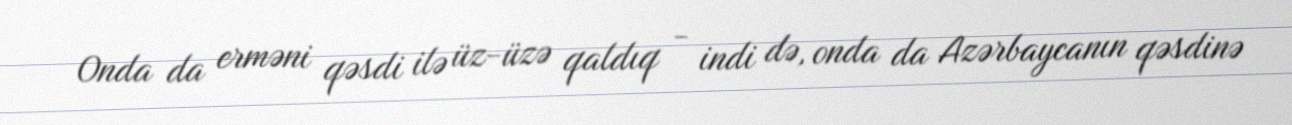
Onda da erməni qəsdi ilə üz-üzə qaldıq - indi də, onda da Azərbaycanın qəsdinə